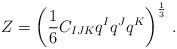
LaTeX: \begin{align*}Z = \left(\frac 16 C_{IJK} q^I q^J q^K\right)^{\frac 13}\,.\end{align*}